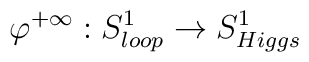
\varphi^{+\infty}:S^1_{loop} \rightarrow S^1_{Higgs}